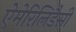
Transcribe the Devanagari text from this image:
ऐमेरिलिडैसी